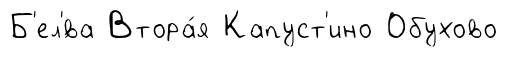
Б'ел'́ва Втора́я Капуст'ино Обухово